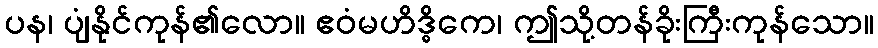
ပန၊ ပျံနိုင်ကုန်၏လော။ ဧဝံမဟိဒ္ဓိကေ၊ ဤသို့တန်ခိုးကြီးကုန်သော။